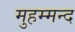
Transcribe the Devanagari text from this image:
मुहम्मन्द